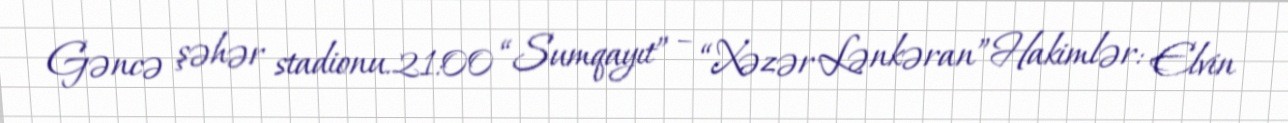
Gəncə şəhər stadionu.21:00 “Sumqayıt” – “Xəzər Lənkəran”Hakimlər: Elvin